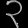
Digit: ၃